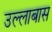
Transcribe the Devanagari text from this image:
उल्लाबास